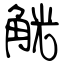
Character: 觥